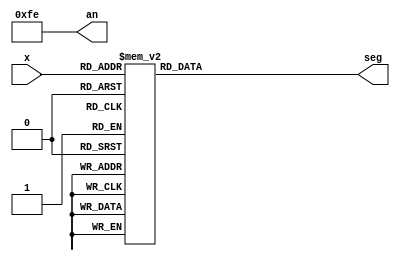
`timescale 1ns / 1ps
//////////////////////////////////////////////////////////////////////////////////
// Student: Tawseef Patel 101145333
// 
// Design Name: bcdto7segment_dataflow.v
// Module Name: bcdto7segment_dataflow
// Project Name: Lab2_2_1
//
//////////////////////////////////////////////////////////////////////////////////

module bcdto7segment_dataflow (
    input [3:0] x,
    output [7:0] an,
    output reg [6:0] seg
);

assign an = 8'b11111110; // enable only the left most segment display

always@(*)
begin
    case(x)
        4'b0000 : seg = 7'b1000000;
        4'b0001 : seg = 7'b1111001;
        4'b0010 : seg = 7'b0100100;
        4'b0011 : seg = 7'b0110000;
        4'b0100 : seg = 7'b0011001;
        4'b0101 : seg = 7'b0010010;
        4'b0100 : seg = 7'b0000010;
        4'b0110 : seg = 7'b0000010;
        4'b0111 : seg = 7'b1111000;
        4'b1000 : seg = 7'b0000000;
        4'b1001 : seg = 7'b0010000;
        default : seg = 7'b1111001; // letter E for error
    endcase 
end

endmodule